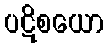
ပဋိစယော